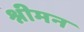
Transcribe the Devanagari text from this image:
श्नीमन